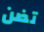
تضن